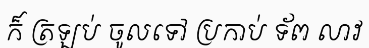
ក៏ ត្រឡប់ ចូលទៅ ប្រកាប់ ទ័ព លាវ